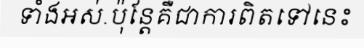
ទាំងអស់.ប៉ុន្តែគឺជាការពិតទៅនេះ